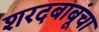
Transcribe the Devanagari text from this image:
शरदबाबूंचा